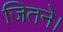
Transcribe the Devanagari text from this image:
जितने।